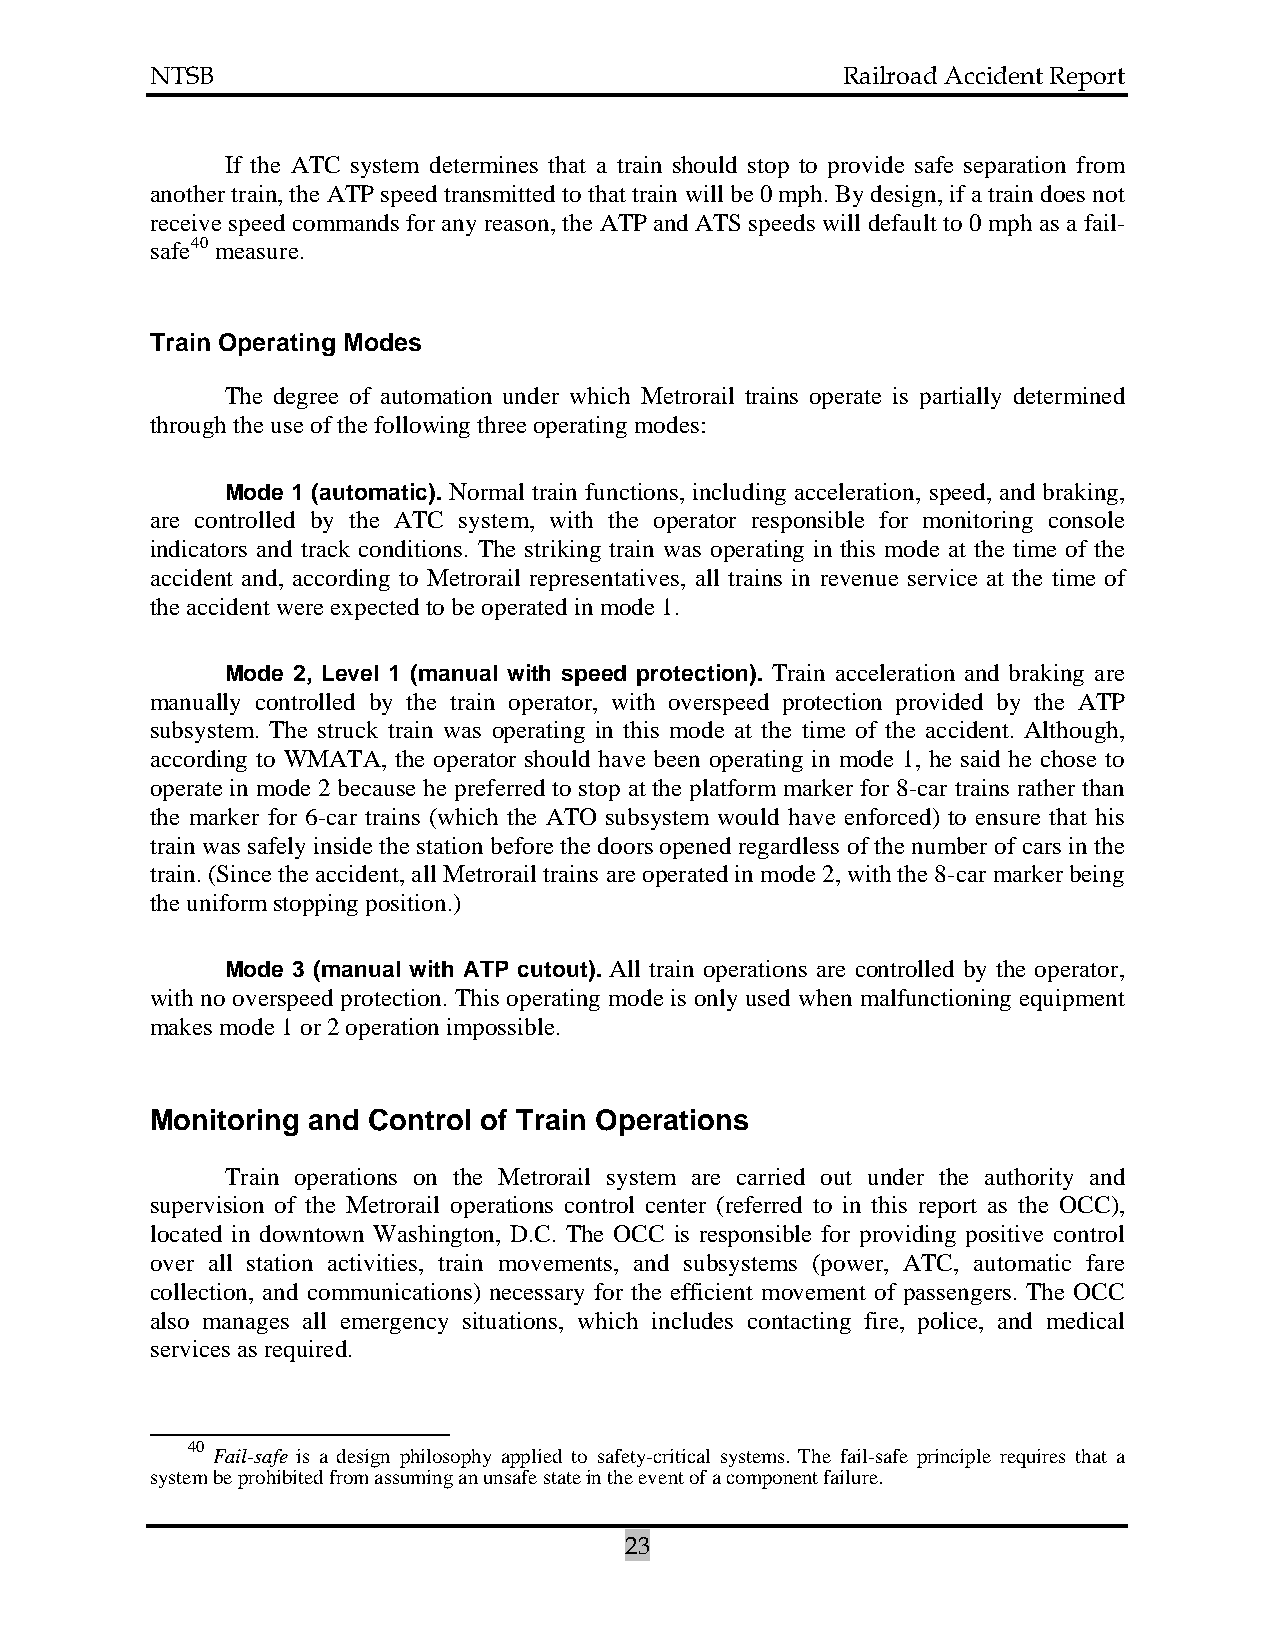
NTSB                                          Railroad Accident Report
 If the ATC system determines that a train should stop to provide safe separation from
 another train, the ATP speed transmitted to that train will be 0 mph. By design, if a train does not
 receive speed commands for any reason, the ATP and ATS speeds will default to 0 mph as a fail-
 safe40 measure.
 Train Operating Modes
 The degree of automation under which Metrorail trains operate is partially determined
 through the use of the following three operating modes:
 Mode 1 (automatic). Normal train functions, including acceleration, speed, and braking,
 are controlled by the ATC system, with the operator responsible for monitoring console
 indicators and track conditions. The striking train was operating in this mode at the time of the
 accident and, according to Metrorail representatives, all trains in revenue service at the time of
 the accident were expected to be operated in mode 1.
 Mode 2, Level 1 (manual with speed protection). Train acceleration and braking are
 manually controlled by the train operator, with overspeed protection provided by the ATP
 subsystem. The struck train was operating in this mode at the time of the accident. Although,
 according to WMATA, the operator should have been operating in mode 1, he said he chose to
 operate in mode 2 because he preferred to stop at the platform marker for 8-car trains rather than
 the marker for 6-car trains (which the ATO subsystem would have enforced) to ensure that his
 train was safely inside the station before the doors opened regardless of the number of cars in the
 train. (Since the accident, all Metrorail trains are operated in mode 2, with the 8-car marker being
 the uniform stopping position.)
 Mode 3 (manual with ATP cutout). All train operations are controlled by the operator,
 with no overspeed protection. This operating mode is only used when malfunctioning equipment
 makes mode 1 or 2 operation impossible.
 Monitoring and Control of Train Operations
 Train operations on the Metrorail system are carried out under the authority and
 supervision of the Metrorail operations control center (referred to in this report as the OCC),
 located in downtown Washington, D.C. The OCC is responsible for providing positive control
 over all station activities, train movements, and subsystems (power, ATC, automatic fare
 collection, and communications) necessary for the efficient movement of passengers. The OCC
 also manages all emergency situations, which includes contacting fire, police, and medical
 services as required.
 40
 Fail-safe is a design philosophy applied to safety-critical systems. The fail-safe principle requires that a
 system be prohibited from assuming an unsafe state in the event of a component failure.
 23